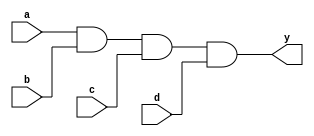
module and_gate(input a, input b, input c, input d, output reg y);
  
  always @*
    y = a & b & c & d;

endmodule